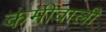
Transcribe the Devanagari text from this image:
कमीवाली